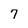
Character: 7